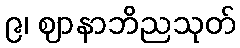
၉၊ ဈာနာဘိညသုတ်